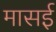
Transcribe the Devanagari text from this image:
मासई